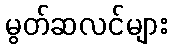
မွတ်ဆလင်များ